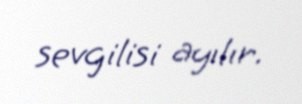
sevgilisi ayılır.